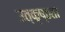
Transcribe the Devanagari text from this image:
उत्कृष्ठता